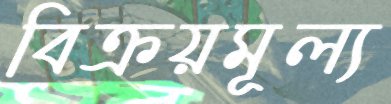
বিক্রয়মূল্য